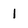
Character: 1